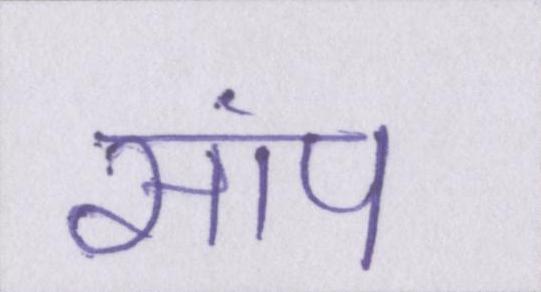
सांप